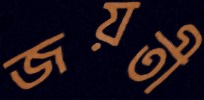
জয়তী